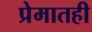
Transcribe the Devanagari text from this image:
प्रेमातही